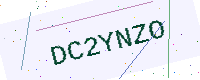
Text: DC2YNZO